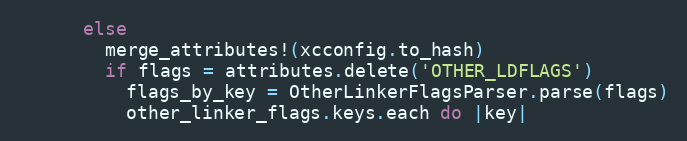
Language: Ruby
      else
        merge_attributes!(xcconfig.to_hash)
        if flags = attributes.delete('OTHER_LDFLAGS')
          flags_by_key = OtherLinkerFlagsParser.parse(flags)
          other_linker_flags.keys.each do |key|